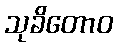
သုခိတောဝ